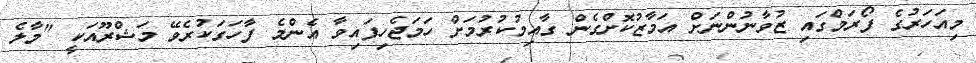
މިއަހަރުގެ ފޯރަމްގައި ޒުވާނުންނަށް އަމާޒުކޮށްގެން ގާއިމުކުރުމަށް ހަމަޖެހިފައިވާ އެންމެ ފާހަގަކުރެވޭ މަޝްރޫއަކީ "މާލެ